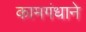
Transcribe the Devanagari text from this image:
कामगंधाने